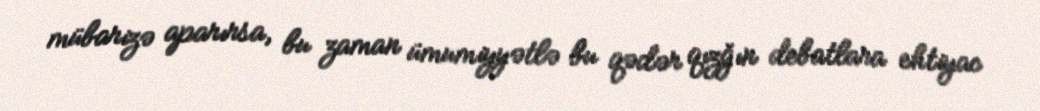
mübarizə aparırsa, bu zaman ümumiyyətlə bu qədər qızğın debatlara ehtiyac